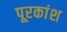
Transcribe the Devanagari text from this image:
पूरकांश